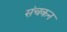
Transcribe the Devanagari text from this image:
संचकन